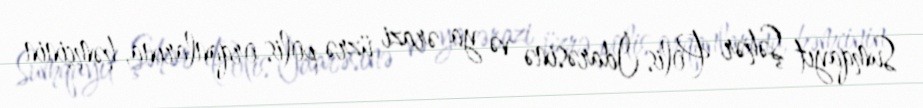
Sumqayıt Şəhər Polis İdarəsinə və ya ərazi üzrə polis orqanlarına, həmçinin